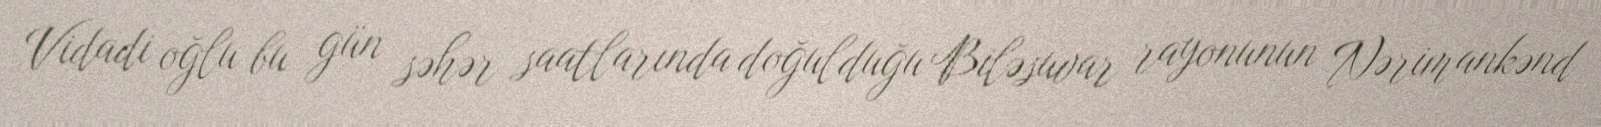
Vidadi oğlu bu gün səhər saatlarında doğulduğu Biləsuvar rayonunun Nərimankənd